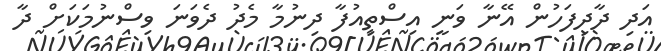
އަދި ދާދިފަހުން އޭނާ ވަނީ އިސްތިއުފާ ދިނުމާ މެދު ދެވަނަ ވިސްނުމަކަށް ދާ